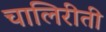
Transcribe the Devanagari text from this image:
चालिरीती